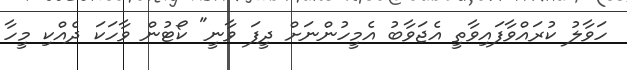
ހަވާލު ކުރައްވާފައިވާތީ އެޖަވާބު އެމީހުންނަށް ދީފަ ވާނީ" ކޯޓުން ވާހަކަ ދެއްކި މީހާ